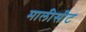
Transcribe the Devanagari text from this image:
मालीसीट